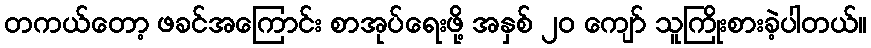
တကယ်တော့ ဖခင်အကြောင်း စာအုပ်ရေးဖို့ အနှစ် ၂၀ ကျော် သူကြိုးစားခဲ့ပါတယ်။